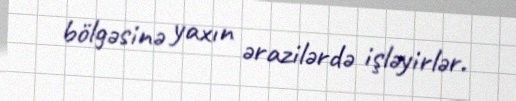
bölgəsinə yaxın ərazilərdə işləyirlər.